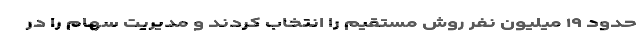
حدود ۱۹ میلیون نفر روش مستقیم را انتخاب کردند و مدیریت سهام را در